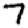
Digit: 7